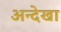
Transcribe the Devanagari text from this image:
अन्देखा